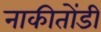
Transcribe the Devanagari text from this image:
नाकीतोंडी